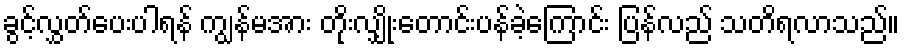
ခွင့်လွှတ်ပေးပါရန် ကျွန်မအား တိုးလျှိုးတောင်းပန်ခဲ့ကြောင်း ပြန်လည် သတိရလာသည်။